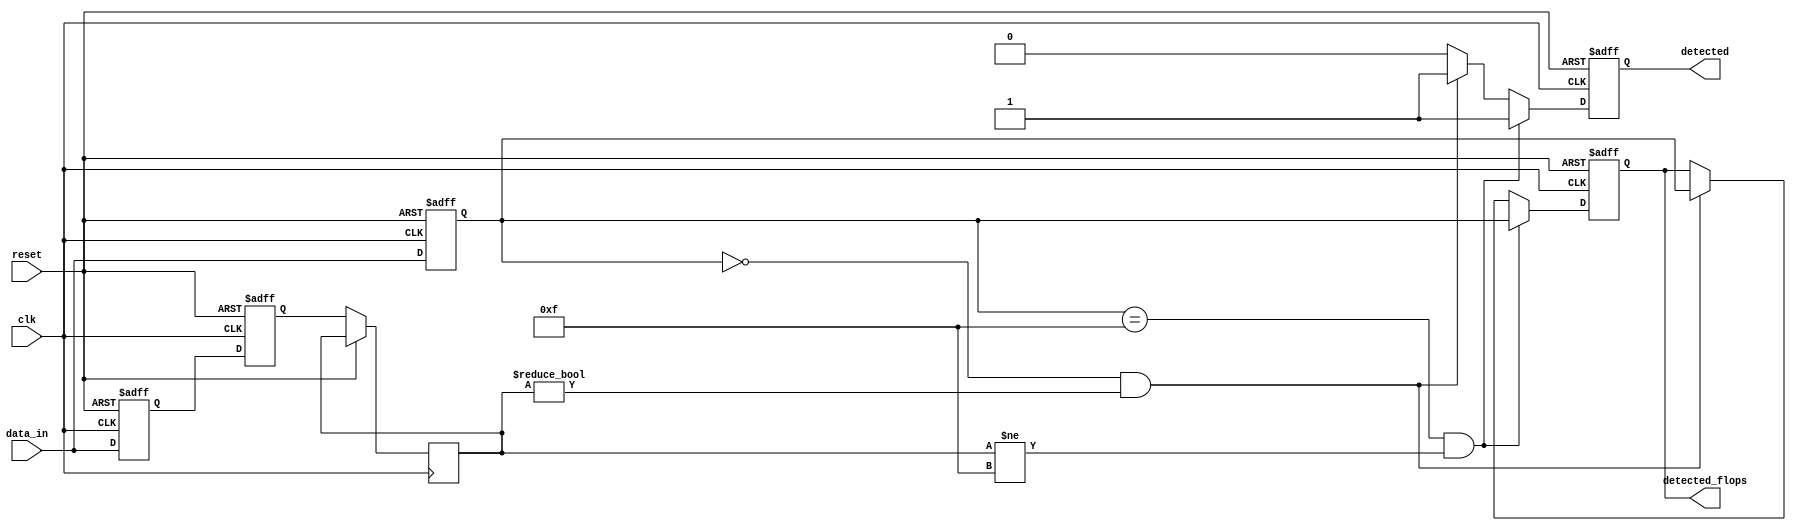
module FlipFlopDetector (
    input wire clk,               // Clock signal
    input wire reset,             // Reset signal
    input wire [N-1:0] data_in,   // Input data (flip-flops)
    output reg detected,          // Detection output
    output reg [N-1:0] detected_flops // Detected flip-flops
);
    
    parameter N = 4;              // Number of flip-flops
    reg [N-1:0] state;            // Current state of the flip-flops
    reg [N-1:0] memory [0:1];     // Memory blocks (2 memory blocks for previous and current states)
    reg [N-1:0] prev_state;       // Previous state for detection logic

    // Control logic to capture flip-flop states
    always @(posedge clk or posedge reset) begin
        if (reset) begin
            state <= 0;
            memory[0] <= 0;
            memory[1] <= 0;
            detected <= 0;
            detected_flops <= 0;
        end else begin
            // Shift the memory blocks
            memory[1] <= memory[0]; // Previous state becomes current
            memory[0] <= data_in;   // Current state captured
            
            // State detection logic
            prev_state <= memory[1];
            state <= data_in;
            detected <= 0; // Reset detection flag

            // Check for specific configuration (example: detect if all flip-flops are set)
            if (state == {N{1'b1}} && prev_state != {N{1'b1}}) begin
                detected <= 1;
                detected_flops <= state; // Record the detected flip-flops
            end else if (state == {N{1'b0}} && prev_state != {N{1'b0}}) begin
                detected <= 1;
                detected_flops <= state; // Record the detected flip-flops
            end
            
            // You can add more detection conditions here based on specific patterns
        end
    end

endmodule